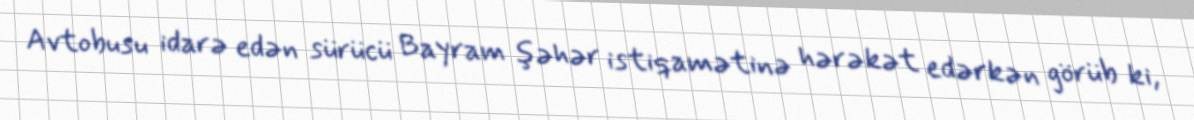
Avtobusu idarə edən sürücü Bayram şəhər istiqamətinə hərəkət edərkən görüb ki,